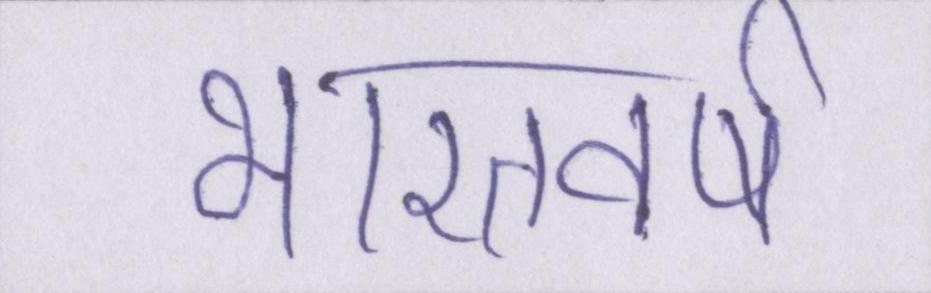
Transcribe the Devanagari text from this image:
भारतवर्ष